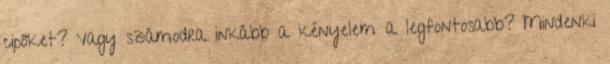
cipőket? Vagy számodra inkább a kényelem a legfontosabb? Mindenki